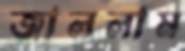
জাললাম